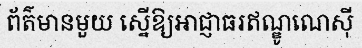
ព័ត៌មានមួយ ស្នើឱ្យអាជ្ញាធរឥណ្ឌូណេស៊ី